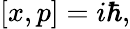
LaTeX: [x,p]=i\hbar,